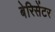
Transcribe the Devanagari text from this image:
बेरिसेंटर